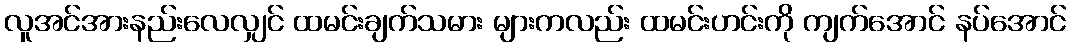
လူအင်အားနည်းလေလျှင် ထမင်းချက်သမား များကလည်း ထမင်းဟင်းကို ကျက်အောင် နပ်အောင်